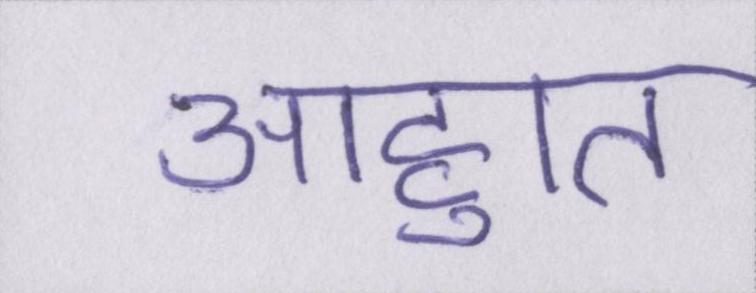
आहुति